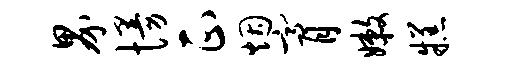
界慢正烟膏嫩糕